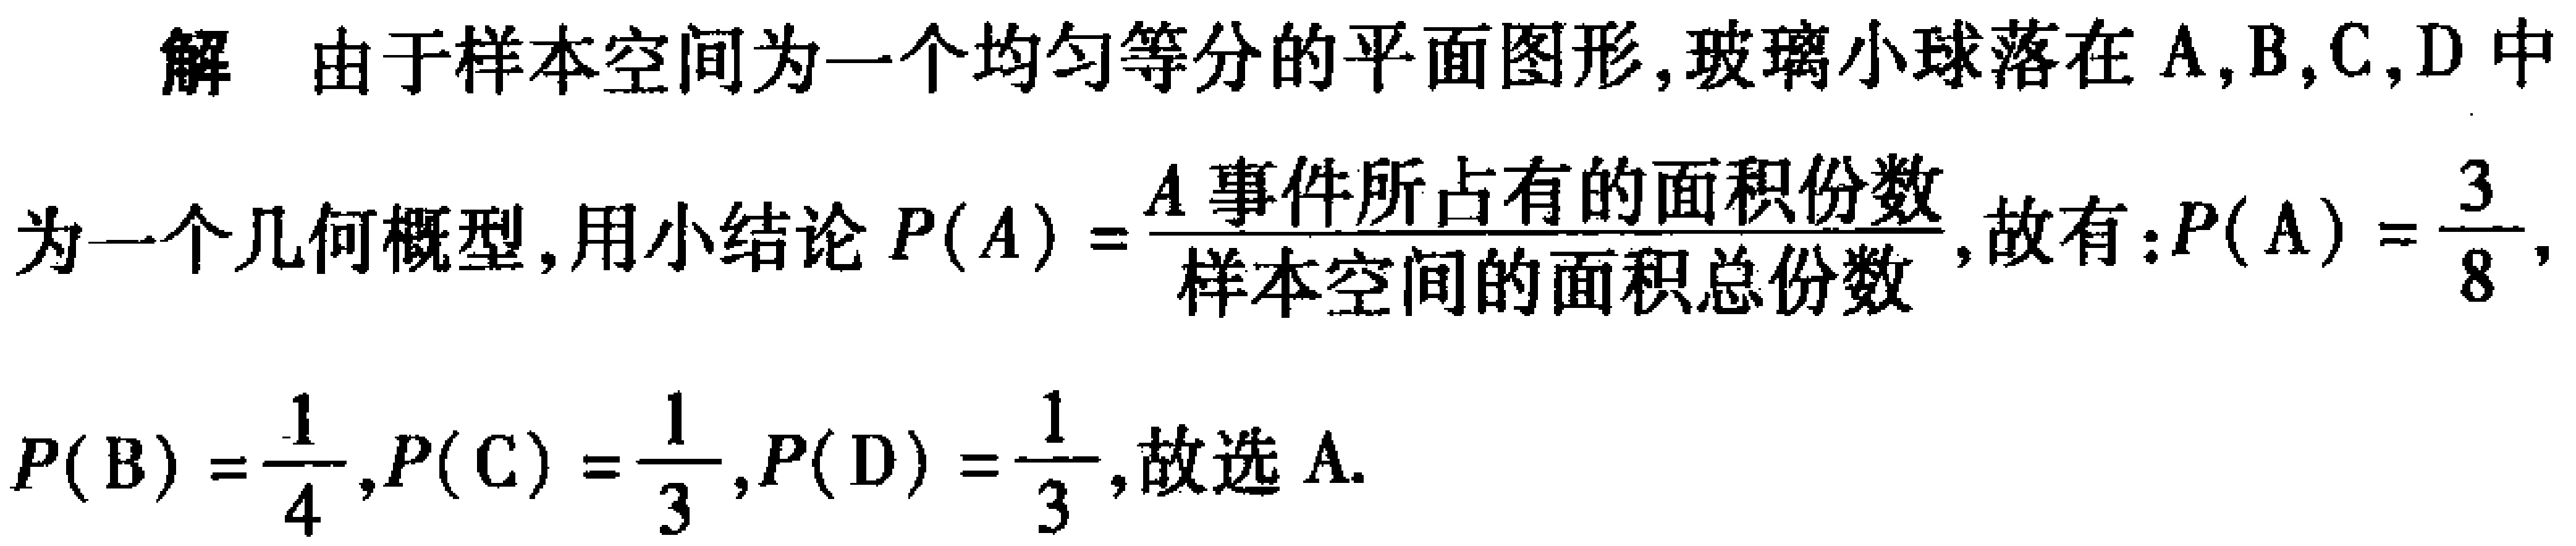
解 由于样本空间为一个均匀等分的平面图形,玻璃小球落在 \(A,B,C,D\) 中

为一个几何概型,用小结论 \(P(A)=\frac{A\text{ 事件所占有的面积份数}}{\text{样本空间的面积总份数}}\),故有：\(P(A)=\frac{3}{8}\),

\(P(B)=\frac{1}{4},P(C)=\frac{1}{3},P(D)=\frac{1}{3},\)故选 A.